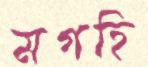
মগহি